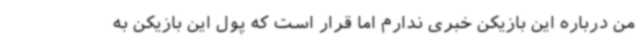
من درباره این بازیکن خبری ندارم اما قرار است که پول این بازیکن به